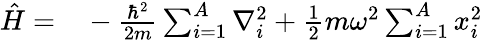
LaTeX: \begin{array}{rl}{\hat{H}=}&{{}-\frac{\hbar^{2}}{2m}\sum_{i=1}^{A}\nabla_{i}^{2}+\frac{1}{2}m\omega^{2}\sum_{i=1}^{A}x_{i}^{2}}\end{array}